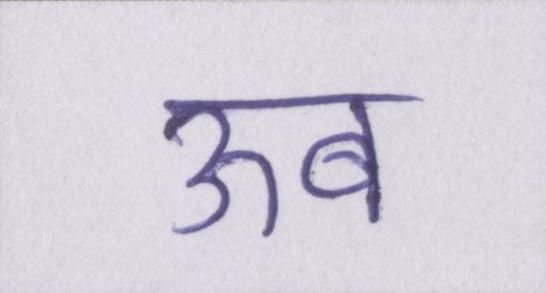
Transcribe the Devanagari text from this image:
ऊब